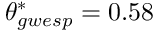
\theta _ { g w e s p } ^ { * } = 0 . 5 8